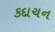
કદાચન